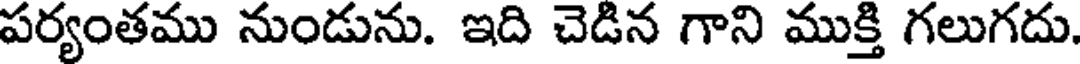
పర్యంతము నుండును. ఇది చెడిన గాని ముక్తి గలుగదు.